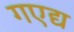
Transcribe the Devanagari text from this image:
गएद्य